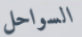
السواحل